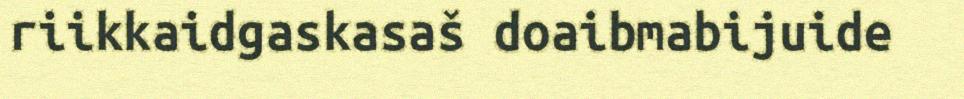
riikkaidgaskasaš doaibmabijuide